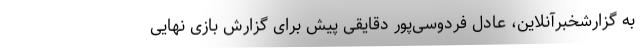
به گزارشخبرآنلاین، عادل فردوسی‌پور دقایقی پیش برای گزارش بازی نهایی